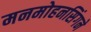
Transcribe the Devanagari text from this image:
मनमोहनसिंगने